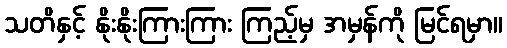
သတိနှင့် နိုးနိုးကြားကြား ကြည့်မှ အမှန်ကို မြင်ရမှာ။